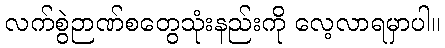
လက်စွဲဉာဏ်စတွေသုံးနည်းကို လေ့လာရမှာပါ။